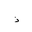
Letter: _thal